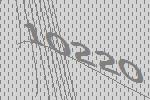
10220